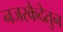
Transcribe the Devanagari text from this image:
नजरकैदेतुन